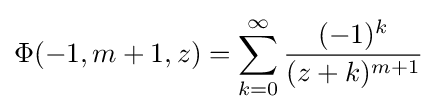
\Phi (-1,m+1,z)=\sum _{k=0}^{\infty }{\frac {(-1)^{k}}{(z+k)^{m+1}}}